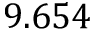
9 . 6 5 4